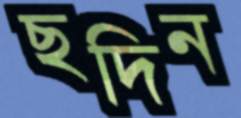
ছদিন